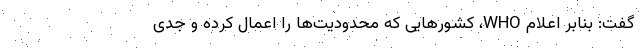
گفت: بنابر اعلام WHO، کشورهایی که محدودیت‌ها را اعمال کرده و جدی